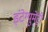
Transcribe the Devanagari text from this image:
इंटेग्युमेंट्री